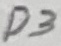
Text: D3